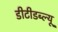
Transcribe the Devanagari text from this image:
डीटीडब्ल्यू